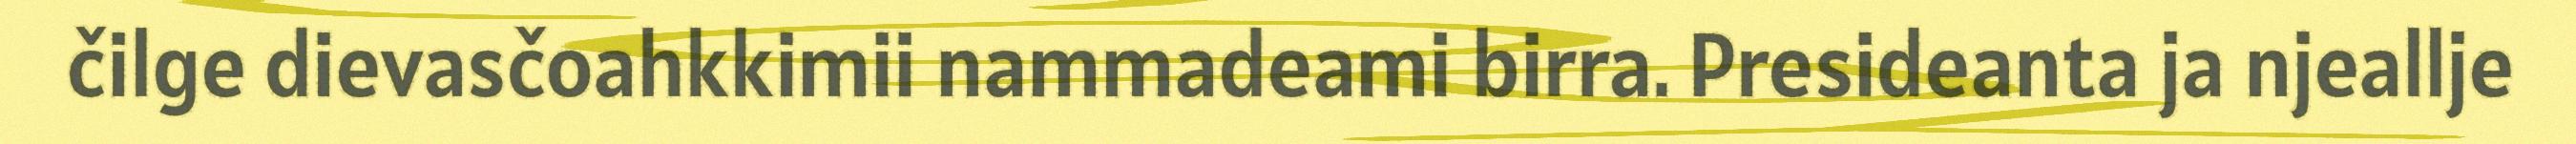
čilge dievasčoahkkimii nammadeami birra. Presideanta ja njeallje